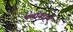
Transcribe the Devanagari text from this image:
फ्लॉवराचे